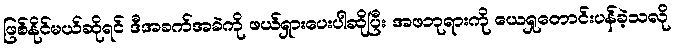
ဖြစ်နိုင်မယ်ဆိုရင် ဒီအခက်အခဲကို ဖယ်ရှားပေးပါဆိုပြီး အဖဘုရားကို ယေရှုတောင်းပန်ခဲ့သလို